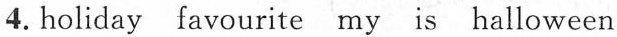
4.holiday favourite my is halloween